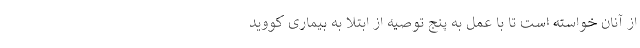
از آنان خواسته است تا با عمل به پنج توصیه از ابتلا به بیماری کووید